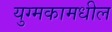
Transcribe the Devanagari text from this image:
युग्मकामधील